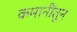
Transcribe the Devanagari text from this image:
कमानींतून